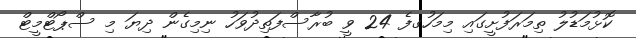
ކޮޅުމަޑުލު ތިމަރަފުށީގައި މިމަހުގފެ 24 ވީ ބުރާސްފަތިދުވަހު ނިމިގެން ދިޔަ މި ސްޕޯޓްމީޓް